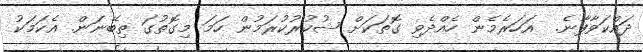
ދައްކަވާފާނެ.  އަހަރެމެން ހެއްދެވި ގޮތަކަށް ޝުކުރުކުރަމުން ހަމަ މިގޮތުގަ ތިބޭނަން. އެކަމަކު